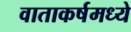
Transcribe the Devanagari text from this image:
वाताकर्षमध्ये